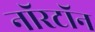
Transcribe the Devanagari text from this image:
नॉरटॉन